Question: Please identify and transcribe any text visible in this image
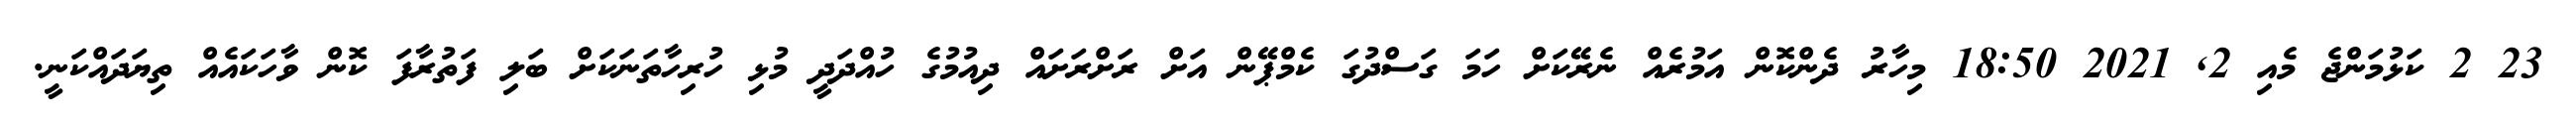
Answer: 23 2 ކަޅުމަންޖެ މެއި 2, 2021 18:50 މިހާރު ދެންކޮން އަމުރެއް ނެރޭކަށް ހަމަ ގަސްދުގަ ކެމްޕޭން އަށް ރަށްރަށައް ދިއުމުގެ ހުއްދަދީ މުޅި ހުރިހާތަނަކަށް ބަލި ފަތުރާފަ ކޮން ވާހަކައެއް ތިޔަދައްކަނީ.